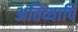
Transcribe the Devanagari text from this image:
अतिव्यापि